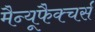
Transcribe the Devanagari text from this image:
मैन्यूफैक्चर्स